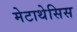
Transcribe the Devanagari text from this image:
मेटाथेसिस